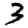
Digit: 3